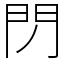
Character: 閁